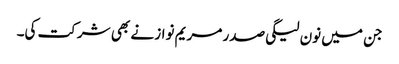
جن میں نون لیگی صدر مریم نواز نے بھی شرکت کی۔